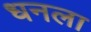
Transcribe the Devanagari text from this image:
धनला